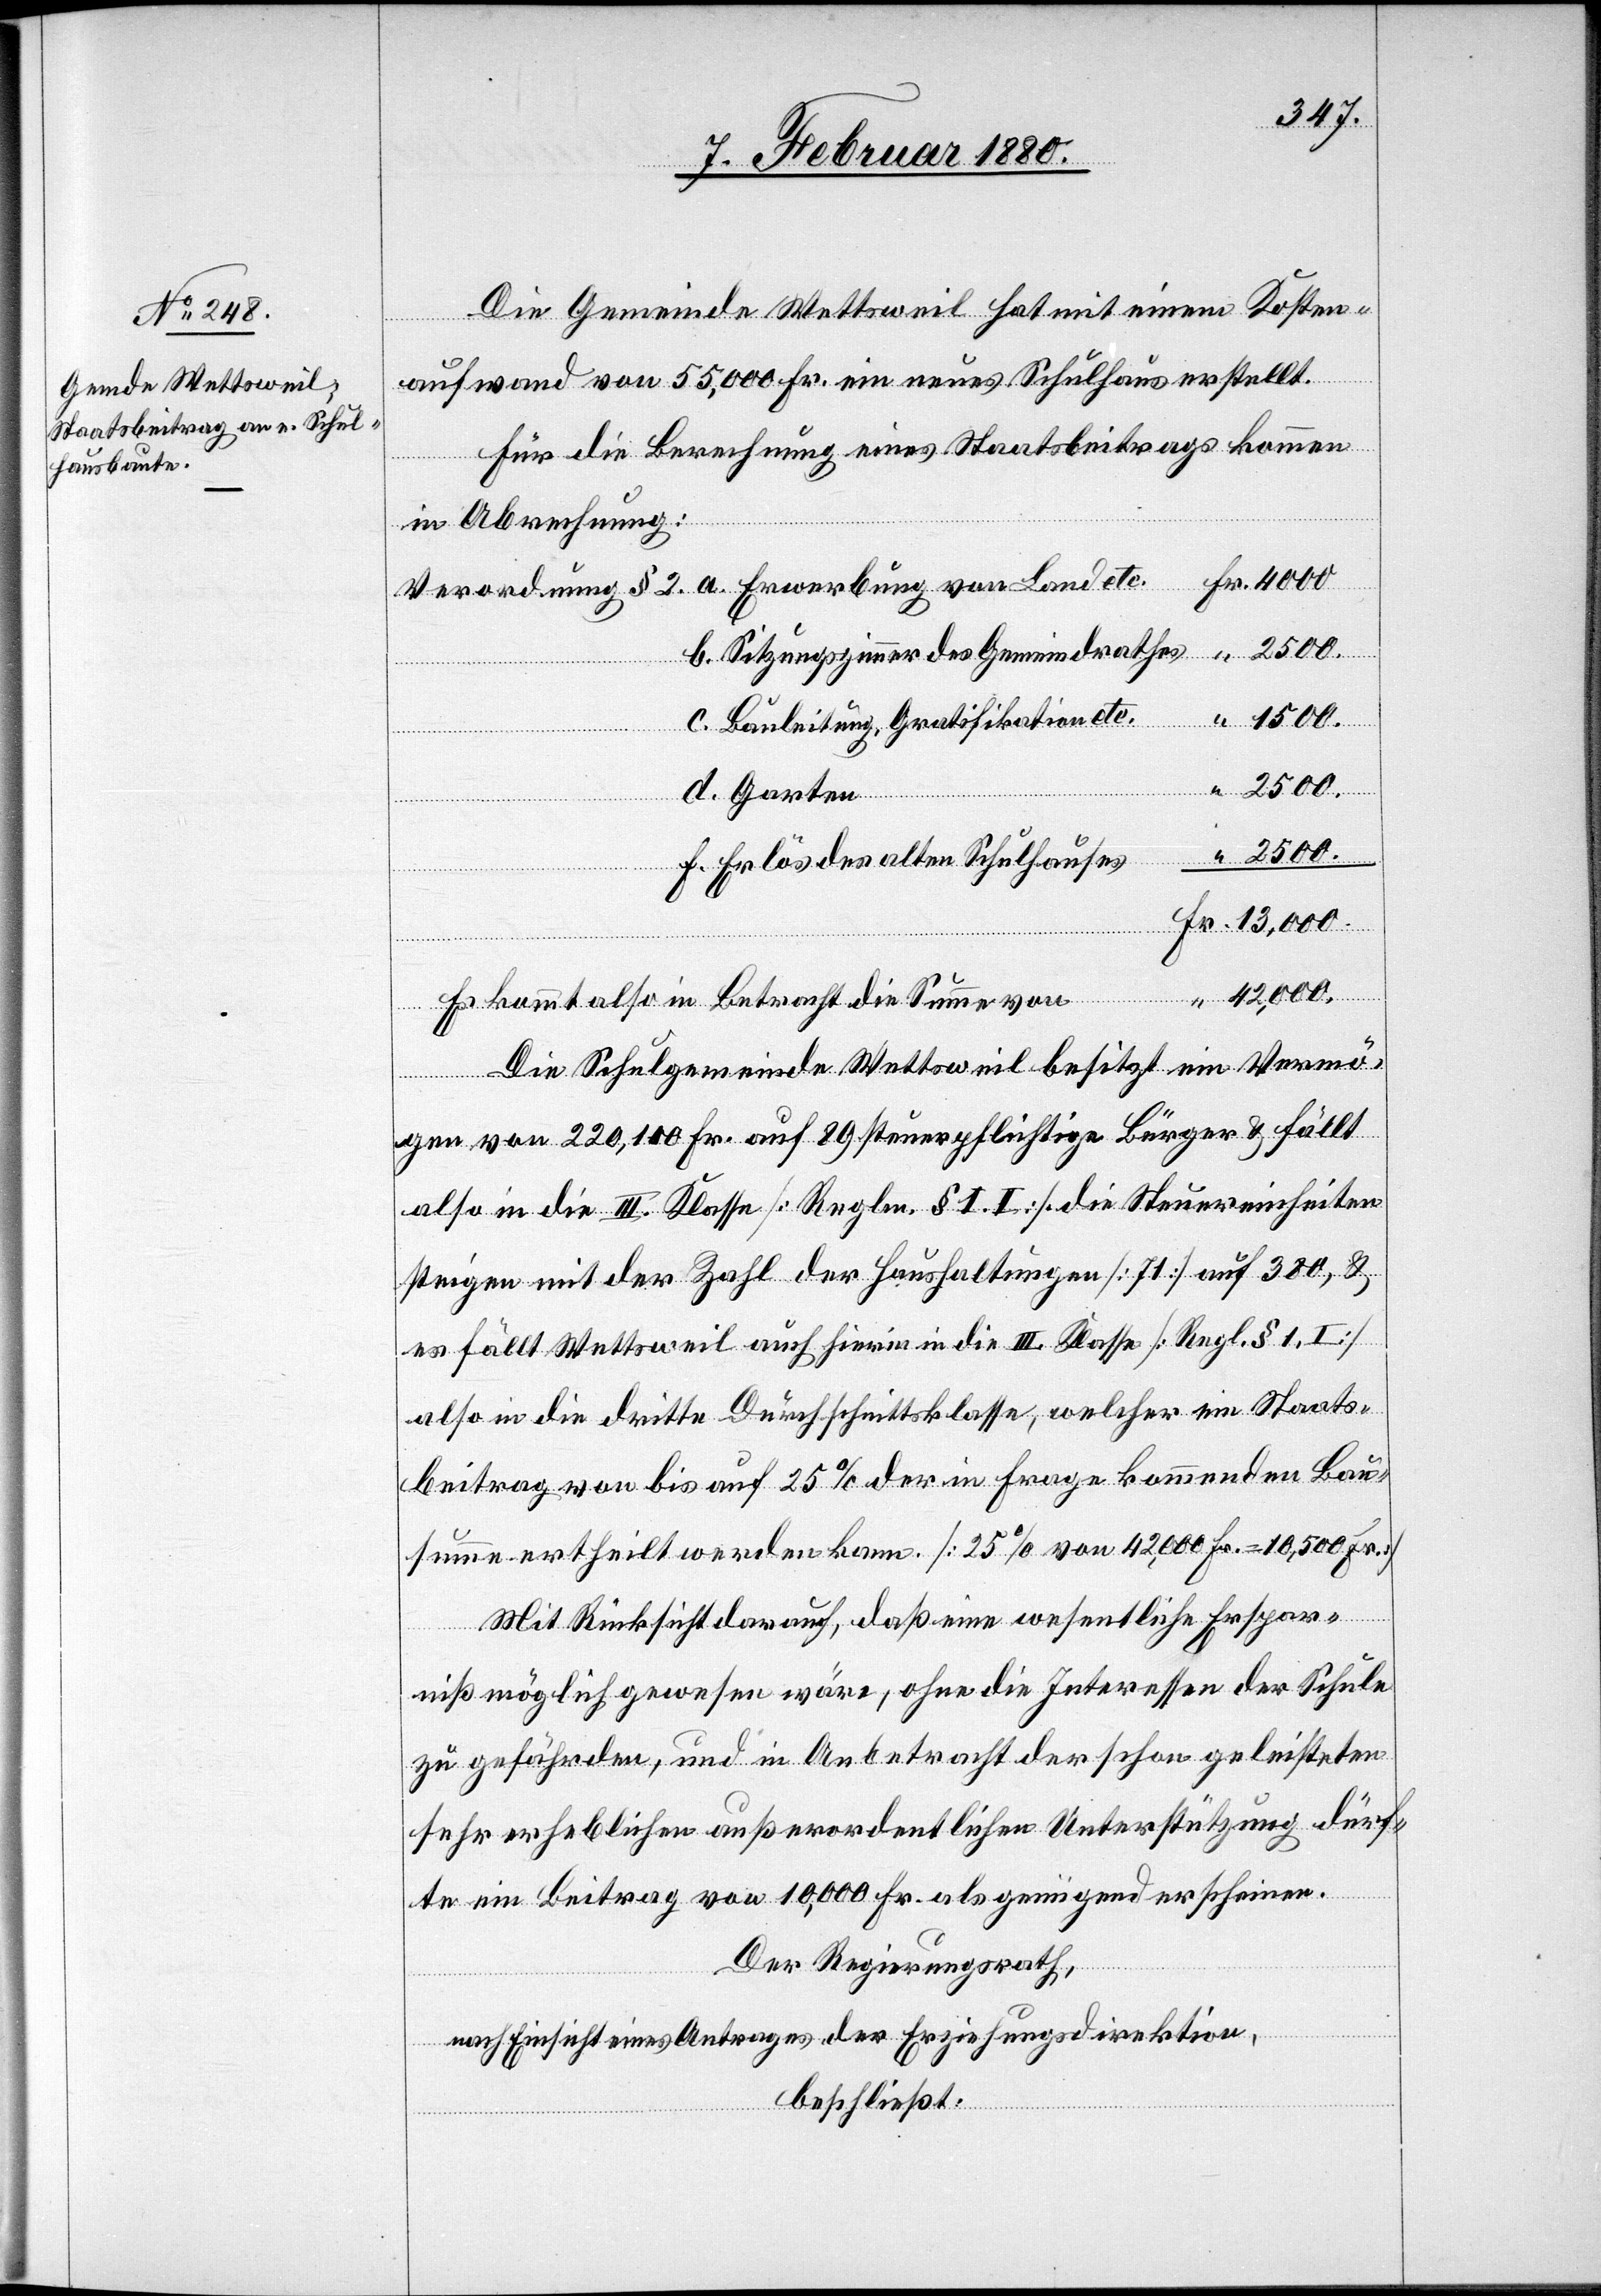
Die Gemeinde Wettsweil hat mit einem Kosten¬
aufwand von 55 000 Fr. ein neues Schulhaus erstellt.
Für die Berechnung eines Staatsbeitrages kommen
in Abrechnung:
Fr.
b. Sitzungszimmer des Gemeindrathes
c. Bauleitung, Gratifikation etc.
“
2500.
d. Garten
2500.
f. Erlös des alten Schulhauses
42 000.
Es kommt also in Betracht die Summe von
Die Schulgemeinde Wettsweil besitzt ein Vermö¬
gen von 220 100 Fr. auf 89 steuerpflichtige Bürger & fällt
also in die III. Klasse [Regl. § 1. II.]. Die Steuereinheiten
steigen mit der Zahl der Haushaltungen [71] auf 380, &
es fällt Wettsweil auch hierin in die III. Klasse [Regl. § 1. I]
also in die dritte Durchschnittsklasse, welcher ein Staats¬
beitrag von bis auf 25% der in Frage kommenden Bau¬
summe ertheilt werden kann. [25% von 42 000 Fr. = 10 500 Fr.]
Mit Rücksicht darauf, daß eine wesentliche Erspar¬
niß möglich gewesen wäre, ohne die Interessen der Schule
zu gefährden, und in Anbetracht der schon geleisteten
sehr erheblichen außerordentlichen Unterstützung, dürf¬
te ein Beitrag von 10 000 Fr. als genügend erscheinen.
Der Regierungsrath,
nach Einsicht eines Antrages der Erziehungsdirektion,
beschließt: